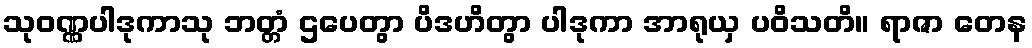
သုဝဏ္ဏပါဒုကာသု ဘတ္တံ ဌပေတွာ ပိဒဟိတွာ ပါဒုကာ အာရုယှ ပဝိသတိ။ ရာဇာ တေန